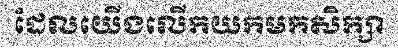
ដែលយើងលើកយកមកសិក្សា